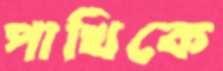
পাখিকে